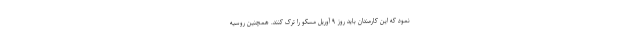
نمود که این کارمندان باید روز ۹ آوریل مسکو را ترک کنند. همچنین روسیه